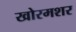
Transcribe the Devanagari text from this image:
खोरमशर